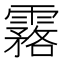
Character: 𩅬